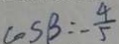
\cos \beta = - \frac { 4 } { 5 }